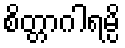
စိတ္တာဂါရမ္ပိ